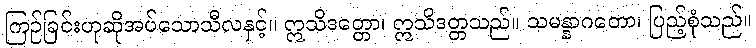
ကြဉ်ခြင်းဟုဆိုအပ်သောသီလနှင့်။ ဣသိဒတ္တော၊ ဣသိဒတ္တသည်။ သမန္နာဂတော၊ ပြည့်စုံသည်။